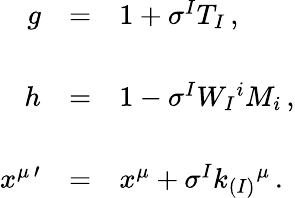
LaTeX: \begin{array}{rcl}{{g}}&{{=}}&{{1+\sigma^{I}T_{I}\, ,}}\\ {{}}&{{}}&{{}}\\ {{h}}&{{=}}&{{1-\sigma^{I}W_{I}{}^{i}M_{i}\, ,}}\\ {{}}&{{}}&{{}}\\ {{x^{\mu\, \prime}}}&{{=}}&{{x^{\mu}+\sigma^{I}k_{(I)}{}^{\mu}\, .}}\end{array}